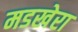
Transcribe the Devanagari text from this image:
मडखेरा